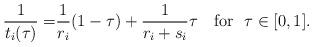
LaTeX: \begin{align*}\frac{1}{t_i(\tau)} =& \frac{1}{r_i}(1-\tau) + \frac{1}{r_i+s_i} \tau ~~~ \mbox{for~~} \tau \in [0,1].\end{align*}